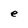
Character: e